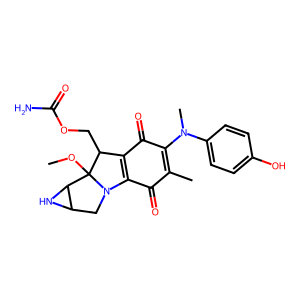
SMILES: COC12C(COC(N)=O)C3=C(C(=O)C(C)=C(N(C)c4ccc(O)cc4)C3=O)N1CC1NC12
Inhibits HIV replication: No